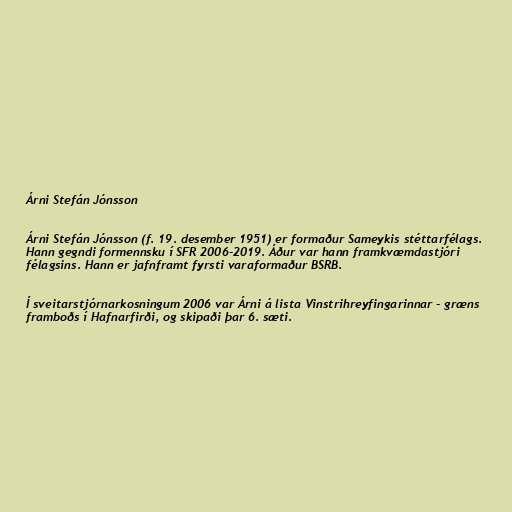
Árni Stefán Jónsson

Árni Stefán Jónsson (f. 19. desember 1951) er formaður Sameykis stéttarfélags.
Hann gegndi formennsku í SFR 2006-2019. Áður var hann framkvæmdastjóri
félagsins. Hann er jafnframt fyrsti varaformaður BSRB.

Í sveitarstjórnarkosningum 2006 var Árni á lista Vinstrihreyfingarinnar - græns
framboðs í Hafnarfirði, og skipaði þar 6. sæti.